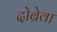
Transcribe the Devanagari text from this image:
दोब्रेवा